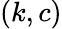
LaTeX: (k,c)